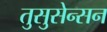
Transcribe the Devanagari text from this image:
तुसुसेन्सन